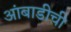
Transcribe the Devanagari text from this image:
आंबाडीची